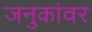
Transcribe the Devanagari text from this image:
जनुकांवर